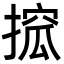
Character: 搲